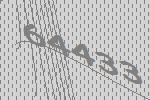
64433